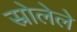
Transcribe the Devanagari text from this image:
स्रोलेले